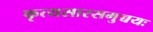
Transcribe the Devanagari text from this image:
कृत्यसारसमुच्चयः